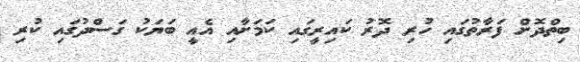
ބިތްދޮށް ފަރާތުގައި ހުރި ދޮރު ކައިރީގައި ކަމަށާއި އެއީ ބަޔަކު ގަސްދުގައި ކުރި